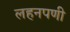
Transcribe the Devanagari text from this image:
लहनपणी